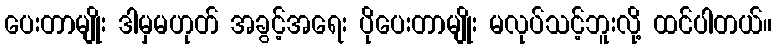
ပေးတာမျိုး ဒါမှမဟုတ် အခွင့်အရေး ပိုပေးတာမျိုး မလုပ်သင့်ဘူးလို့ ထင်ပါတယ်။